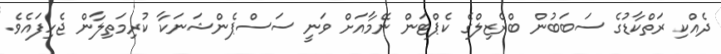
ދެއްކި ރަތްކާޑުގެ ސަބަބުން ބްރެޒިލްގެ ކެޕްޓަން ނޭމާއަށް ވަނީ ސަސްޕެންޝަނަކާ ކުރިމަތިލާން ޖެހިފައެވެ.